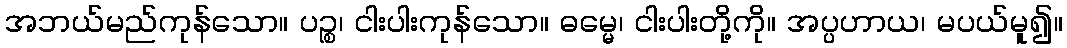
အဘယ်မည်ကုန်သော။ ပဉ္စ၊ ငါးပါးကုန်သော။ ဓမ္မေ၊ ငါးပါးတို့ကို။ အပ္ပဟာယ၊ မပယ်မူ၍။